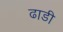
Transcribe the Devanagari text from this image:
ढाडी